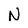
Character: N